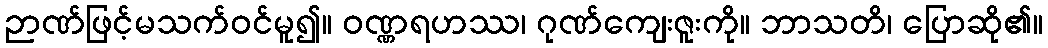
ဉာဏ်ဖြင့်မသက်ဝင်မူ၍။ ဝဏ္ဏရဟဿ၊ ဂုဏ်ကျေးဇူးကို။ ဘာသတိ၊ ပြောဆို၏။